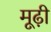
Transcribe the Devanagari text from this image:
मूढ़ी